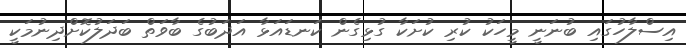
އިސްލާހުގައި ބުނަނީ މީހަކު ކުރި ކުށަކާ ގުޅިގެން ކަނޑައަޅާ އަދަބުގެ ބާވަތް ބަދަލުކޮށްދިނުމަކީ